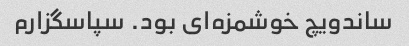
ساندویچ خوشمزه‌ای بود. سپاسگزارم